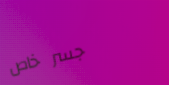
جسر خاص